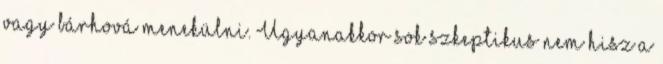
vagy bárhová menekülni. Ugyanakkor sok szkeptikus nem hisz a